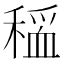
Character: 𫁃